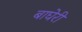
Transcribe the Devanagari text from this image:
बाघेरी